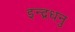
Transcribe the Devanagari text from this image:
इन्द्रधनु